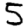
Digit: 5